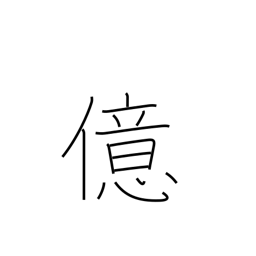
Meaning: 10**8